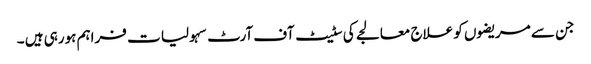
جن سے مریضوں کو علاج معالجے کی سٹیٹ آف آرٹ سہولیا ت فراہم ہورہی ہیں ۔